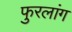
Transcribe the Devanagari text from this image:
फुरलांग